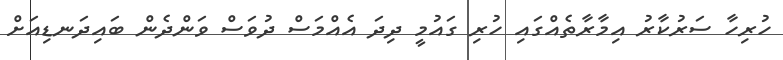
ހުރިހާ ސަރުކާރު އިމާރާތެއްގައި ހުރި ގައުމީ ދިދަ އެއްމަސް ދުވަސް ވަންދެން ބައިދަނޑިއަށް